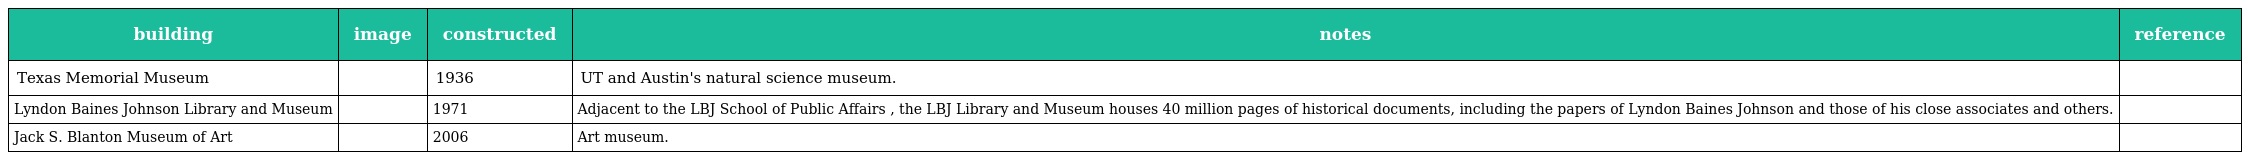
| building | image | constructed | notes | reference |
 | --- | --- | --- | --- | --- |
 | Texas Memorial Museum |  | 1936 | UT and Austin's natural science museum. |  |
 | Lyndon Baines Johnson Library and Museum |  | 1971 | Adjacent to the LBJ School of Public Affairs , the LBJ Library and Museum houses 40 million pages of historical documents, including the papers of Lyndon Baines Johnson and those of his close associates and others. |  |
 | Jack S. Blanton Museum of Art |  | 2006 | Art museum. |  |